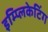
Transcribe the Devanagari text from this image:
इम्प्लिकेटिंग